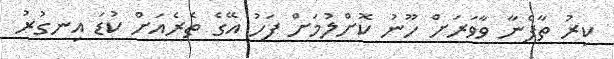
ކިރު ތާފެނާ ވާވަރަށް ހޫނު ކޮށްލުމަށް ފަހު އޭގެ ތެރެއަށް ކުޑަ އިނގުރު